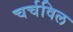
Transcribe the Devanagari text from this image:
चर्चविल